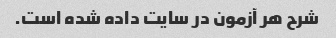
شرح هر آزمون در سایت داده شده است.